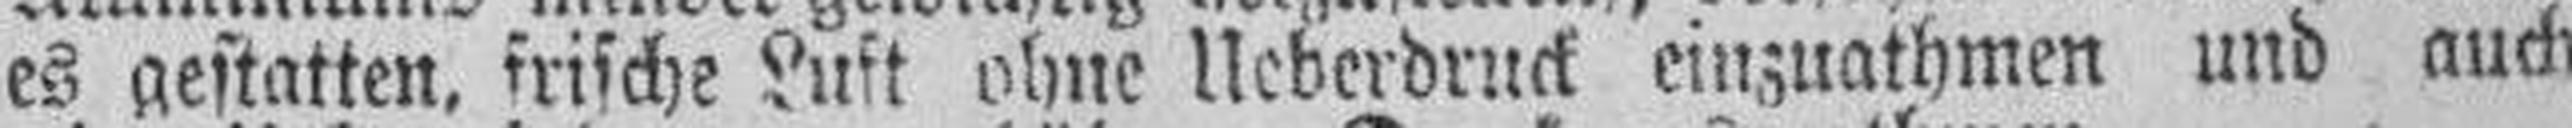
es gestatten, frische Luft ohne Ueberdruck einzuathmen und auch